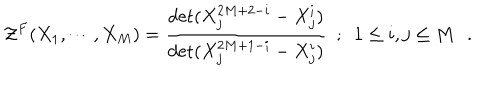
{ \cal { Z } } ^ { F } ( X _ { 1 } , \cdots , X _ { M } ) = { \frac { \det ( X _ { j } ^ { 2 M + 2 - i } - X _ { j } ^ { i } ) } { \det ( X _ { j } ^ { 2 M + 1 - i } - X _ { j } ^ { i } ) } } ~ ~ ; ~ ~ 1 \le i , j \le M \, \, \, \, .